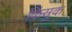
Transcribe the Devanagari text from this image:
किंसुक